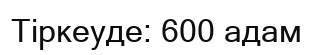
Тіркеуде: 600 адам